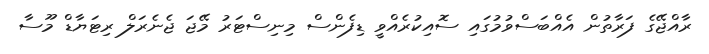
ރާއްޖޭގެ ފަރާތުން އެއްބަސްވުމުގައި ސޮއިކުރެއްވީ ޑިފެންސް މިނިސްޓަރު މޭޖަ ޖެނެރަލް ރިޓަޔާޑް މޫސާ